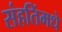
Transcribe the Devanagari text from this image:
संहतिंमधे